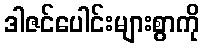
ဒါဇင်ပေါင်းများစွာကို